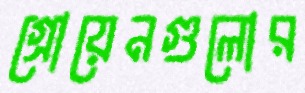
গ্রোয়েনগুলোর